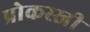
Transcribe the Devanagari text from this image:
प्रोकस्स्नी